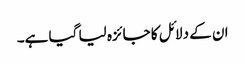
ان کے دلائل کا جائزہ لیا گیا ہے۔